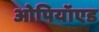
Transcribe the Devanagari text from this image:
ओपियॉएड